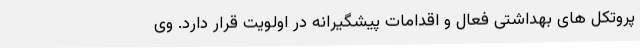
پروتکل های بهداشتی فعال و اقدامات پیشگیرانه در اولویت قرار دارد. وی